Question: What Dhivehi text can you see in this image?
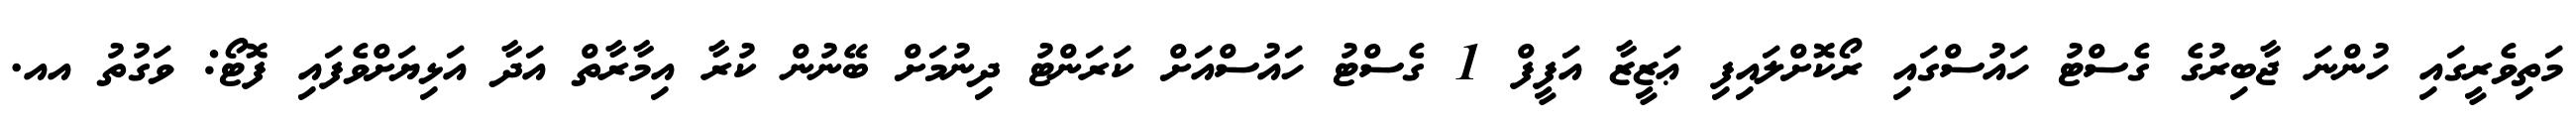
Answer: މަތިވެރީގައި ހުންނަ ޖާބިރުގެ ގެސްޓު ހައުސްގައި ރޯކޮށްލައިފި ޢަޒީޒާ އަފީފް 1 ގެސްޓު ހައުސްއަށް ކަރަންޓު ދިނުމަށް ބޭނުން ކުރާ އިމާރާތް އަދާ އަޅިޔަށްވެފައި ފޮޓޯ: ވަގުތު އއ.